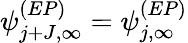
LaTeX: \psi_{j+J,\infty}^{(EP)}=\psi_{j,\infty}^{(EP)}